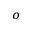
^ o